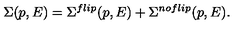
\Sigma ( p , E ) = \Sigma ^ { f l i p } ( p , E ) + \Sigma ^ { n o f l i p } ( p , E ) .